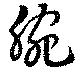
腕